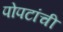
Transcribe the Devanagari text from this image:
पोपटांची